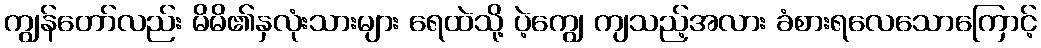
ကျွန်တော်လည်း မိမိ၏နှလုံးသားများ ရေထဲသို့ ပဲ့ကျွေ ကျသည့်အလား ခံစားရလေသောကြောင့်